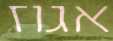
אגוז